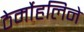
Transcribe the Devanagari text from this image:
ठेर्मोहलिने